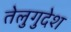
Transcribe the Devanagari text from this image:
तेलुगुदेश